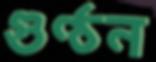
গুণ্ঠন